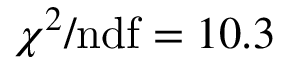
\chi ^ { 2 } / \mathrm { n d f } = 1 0 . 3